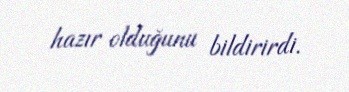
hazır olduğunu bildirirdi.